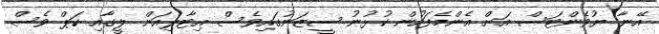
އޭނާ ޔުވެންޓަސް އަށް އެންމެފަހުން ކުޅުނު ސީޒަނުގައިވެސް އިޓާލިއަން ލީގާއި ކަޕް ވެސް